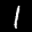
Label: 1